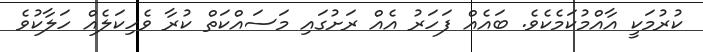
ކުރުމަކީ އާއްމުކަމެކެވެ. ބައެއް ފަހަރު އެއް ރަށުގައި މަސައްކަތް ކުރާ ވެހިކަލެއް ހަލާކުވެ